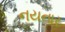
નયનાર